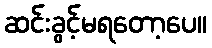
ဆင်းခွင့်မရတော့ပေ။